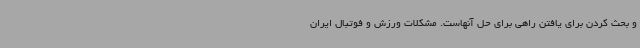
و بحث کردن برای یافتن راهی برای حل آنهاست. مشکلات ورزش و فوتبال ایران